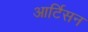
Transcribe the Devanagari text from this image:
आर्टिसन